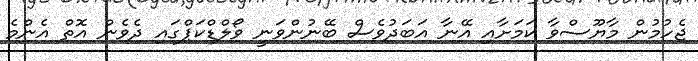
ޖެހުމުން މާޔޫސްވާ ކަމަށާއި އޭނާ އަބަދުވެސް ބޭނުންވަނީ ވޯލްޑްކަޕްގައި ދެވެން އޮތް އެންމެ